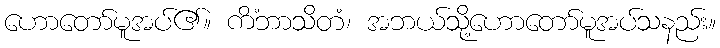
ဟောတော်မူအပ်၏။ ကိံဘာသိတံ၊ အဘယ်သို့ဟောတော်မူအပ်သနည်း။